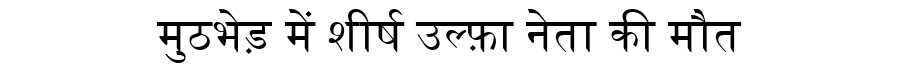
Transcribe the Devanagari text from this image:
मुठभेड़ में शीर्ष उल्फ़ा नेता की मौत